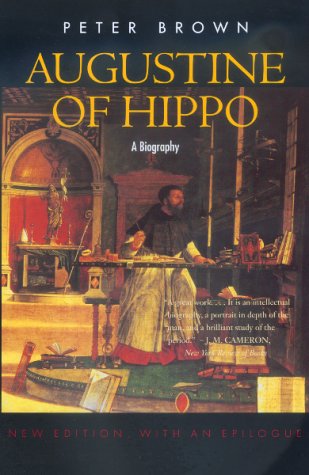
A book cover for Augustine of Hippo: A Biography (New Edition, with an Epilogue); Peter Brown; Biographies & Memoirs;